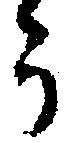
う